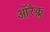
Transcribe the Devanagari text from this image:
ऑरैक्ल